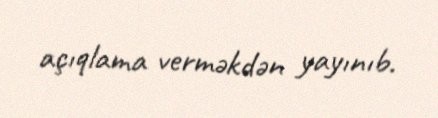
açıqlama verməkdən yayınıb.